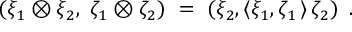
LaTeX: \left( \xi _ { 1 } \otimes \xi _ { 2 } , \; \zeta _ { 1 } \otimes \zeta _ { 2 } \right) \ = \ \left( \xi _ { 2 } , \langle \xi _ { 1 } , \zeta _ { 1 } \, \rangle \, \zeta _ { 2 } \right) \ .